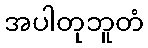
အပါတုဘူတံ